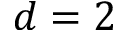
d = 2